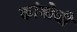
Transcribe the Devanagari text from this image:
कांबोजी